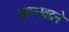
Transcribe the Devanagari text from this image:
प्रसन्नवदने